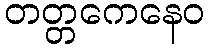
တတ္တကေနေဝ